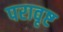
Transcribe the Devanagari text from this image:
परावृष्ट